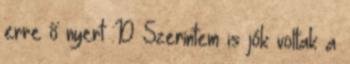
erre ő nyert :D Szerintem is jók voltak a